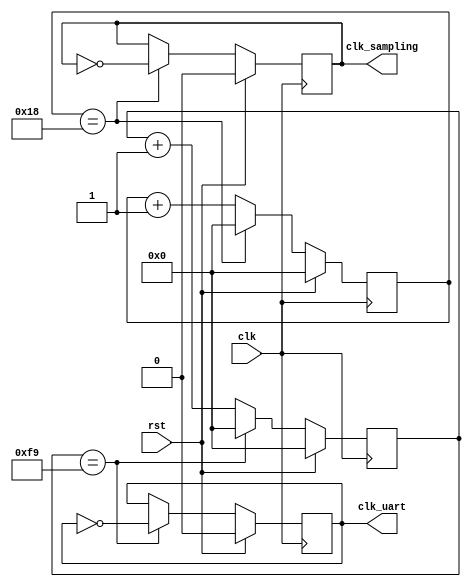
module clk_divide(
    input clk,
	 input rst,
	 output clk_uart,
	 output clk_sampling
    );

	parameter CLK_RATE = 9600000;
	parameter BAUD_RATE = 19200; // it was 19200 before
	parameter SAMPLE_RATE = 10;

	
	wire [15:0] counter_uart_max; 
	wire [15:0] counter_sampling_max;	

	reg [16:0] counter_uart;
	reg clk_uart_internal;
	reg [16:0] counter_sampling;
	reg clk_sampling_internal;

	assign counter_uart_max = CLK_RATE/BAUD_RATE/2-1;
	assign counter_sampling_max = CLK_RATE/BAUD_RATE/SAMPLE_RATE/2-1;

	assign clk_uart = clk_uart_internal;
	assign clk_sampling = clk_sampling_internal;


	always@(posedge clk)
		begin
		if (rst == 1)
			begin
			counter_uart <= 0;
			clk_uart_internal <= 0;
			end
		else
			begin
			if (counter_uart == counter_uart_max)        // Comment this line if you want to use the testbench
			//if (counter_uart == 15)
				begin
				counter_uart <= 0;
				clk_uart_internal <= ~clk_uart_internal;
				end
			else 
				counter_uart <= counter_uart+1'b1;
			end
		end
		
	
	always@(posedge clk)
		begin
		if (rst == 1)
			begin
			counter_sampling <= 0;
			clk_sampling_internal <= 0;
			end
		else
			begin
			if (counter_sampling == counter_sampling_max)		// Comment this line if you want to use the testbench
			//if (counter_sampling == 1) 
				begin
				counter_sampling <= 0;
				clk_sampling_internal <= ~clk_sampling_internal;
				end
			else 
				counter_sampling <= counter_sampling+1'b1;
			end
		end



endmodule